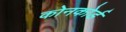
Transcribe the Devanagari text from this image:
कोनकोर्ड